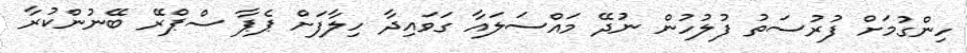
ހިންގުމަށް ފުރުސަތު ފުލުހުން ނުދޭ މައްސަލައާ ގަވައިދާ ހިލާފަށް ޕެޕާ ސްޕްރޭ ބޭނުންކުރާ